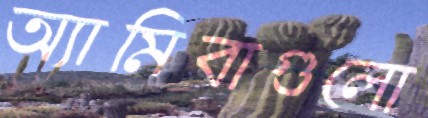
অ্যামিবাগুলো